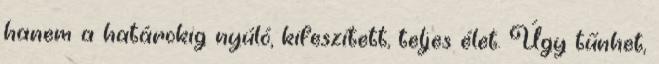
hanem a határokig nyúló, kifeszített, teljes élet. Úgy tűnhet,